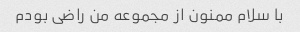
با سلام ممنون از مجموعه من راضی بودم